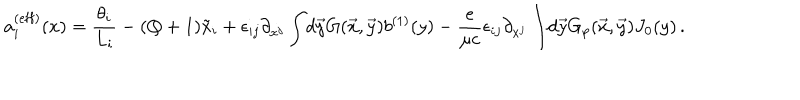
LaTeX: a _ { i } ^ { ( \mathrm { e f f } ) } ( x ) = { \frac { \theta _ { i } } { L _ { i } } } - ( Q + 1 ) \tilde { x } _ { i } + \epsilon _ { i j } \partial _ { x ^ { j } } \int \! d \vec { y } G ( \vec { x } , \vec { y } ) b ^ { ( 1 ) } ( y ) - { \frac { e } { \mu c } } \epsilon _ { i j } \partial _ { x ^ { j } } \int \! d \vec { y } G _ { p } ( \vec { x } , \vec { y } ) J _ { 0 } ( y ) \, .